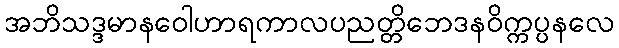
အဘိသဒ္ဒမာနဝေါဟာရကာလပညတ္တိဘေဒနဝိက္ကပ္ပနလေ